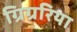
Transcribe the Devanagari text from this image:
ग्रिग्ररिया